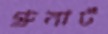
গ্রুনার্ট